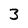
Character: 3